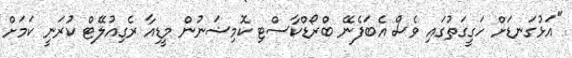
"އަޅުގަނޑަށް ހަގީގަތުގައި ވެސް އެބަފެނޭ ބްރޯޑްކާސްޓި ކޮމިޝަނުން މީޑިއާ ރެގިއުލޭޓް ކުރަނީ ކަމަށް